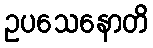
ဥပသေနောတိ